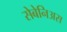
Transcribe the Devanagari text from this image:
सेबेनिअस